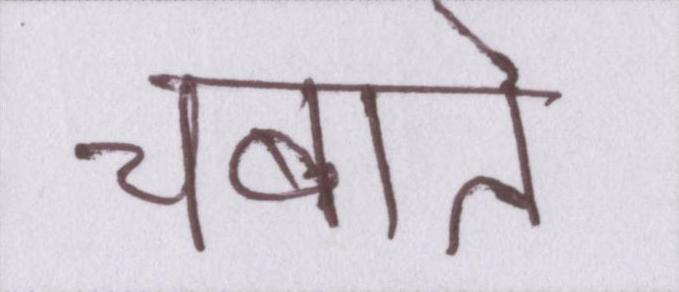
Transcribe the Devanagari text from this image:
चबाते